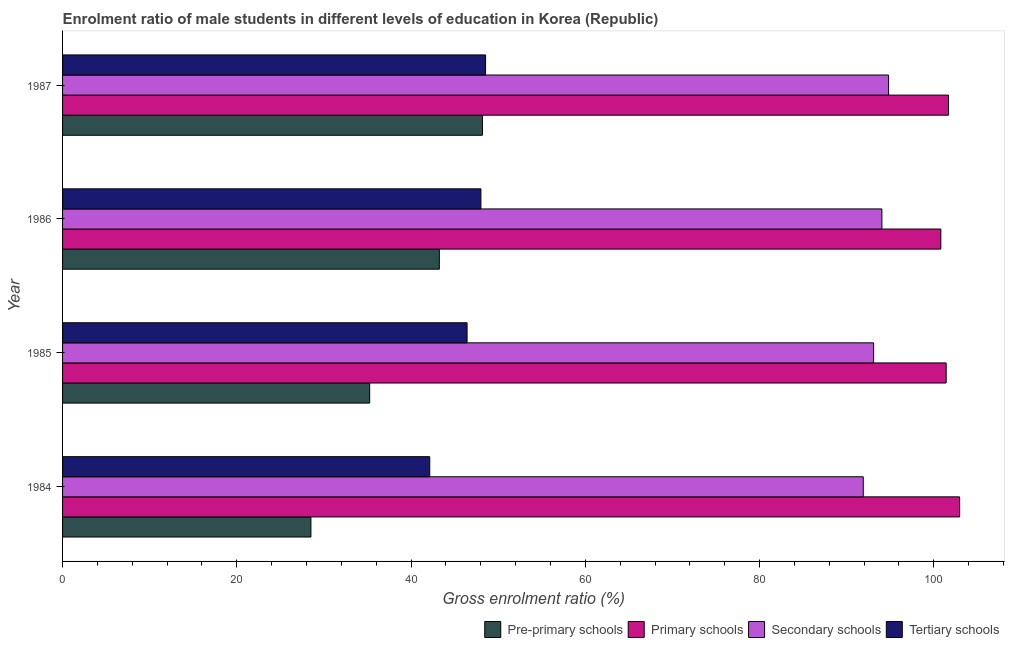
| Year | Pre-primary schools | Primary schools | Secondary schools | Tertiary schools |
 | --- | --- | --- | --- | --- |
 | 1984 | 28.5 | 103 | 91.9 | 42.1 |
 | 1985 | 35.2 | 101 | 93.1 | 46.4 |
 | 1986 | 43.2 | 101 | 94 | 48 |
 | 1987 | 48.2 | 102 | 94.8 | 48.6 |